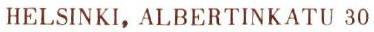
HELSINKI, ALBERTINKATU 30